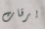
يرقات